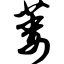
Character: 萎